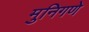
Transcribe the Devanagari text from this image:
मुनिगणे